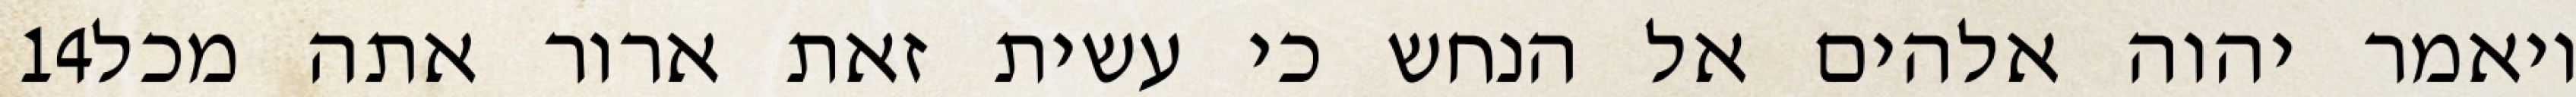
‎14‏ ויאמר יהוה אלהים אל הנחש כי עשית זאת ארור אתה מכל